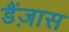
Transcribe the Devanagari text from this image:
डैंज़ास